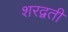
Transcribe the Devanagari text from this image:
शरद्वती